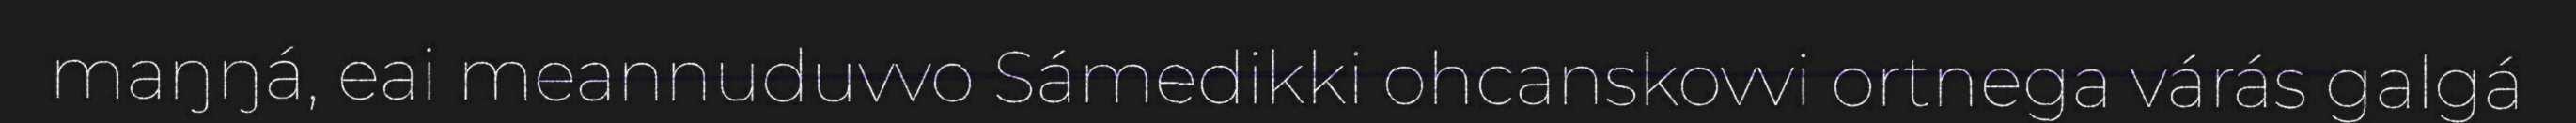
maŋŋá, eai meannuduvvo Sámedikki ohcanskovvi ortnega várás galgá